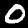
Digit: 0